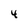
Character: 4